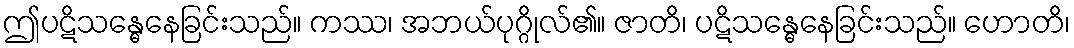
ဤပဋိသန္ဓေနေခြင်းသည်။ ကဿ၊ အဘယ်ပုဂ္ဂိုလ်၏။ ဇာတိ၊ ပဋိသန္ဓေနေခြင်းသည်။ ဟောတိ၊